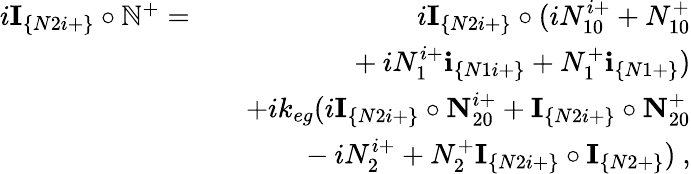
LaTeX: \begin{array}{rlr}{i\textbf{I}_{\{ N2i+\} }\circ\mathbb{N}^{+}=}&{}&{i\textbf{I}_{\{ N2i+\} }\circ(iN_{10}^{i+}+N_{10}^{+}}\\ &{}&{~~~~~~+iN_{1}^{i+}\textbf{i}_{\{ N1i+\} }+N_{1}^{+}\textbf{i}_{\{ N1+\} })}\\ &{}&{+ik_{eg}(i\textbf{I}_{\{ N2i+\} }\circ\textbf{N}_{20}^{i+}+\textbf{I}_{\{ N2i+\} }\circ\textbf{N}_{20}^{+}}\\ &{}&{~~~~~~-iN_{2}^{i+}+N_{2}^{+}\textbf{I}_{\{ N2i+\} }\circ\textbf{I}_{\{ N2+\} })~,}\end{array}